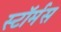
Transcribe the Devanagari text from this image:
स्टॉर्मस